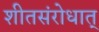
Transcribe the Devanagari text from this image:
शीतसंरोधात्